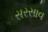
સરસાવ